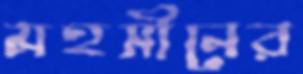
মহসীনের